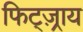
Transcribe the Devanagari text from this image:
फिट्ज़्राय